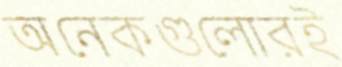
অনেকগুলোরই